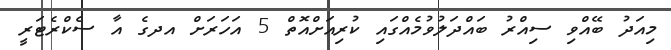
މިއަދު ބޭއްވި ސިއްރު ބައްދަލުވުމެއްގައި ކުރިއަށްއޮތް 5 އަހަރަށް އދގެ އާ ސެކްރެޓަރީ